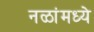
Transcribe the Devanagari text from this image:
नळांमध्ये